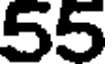
55